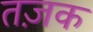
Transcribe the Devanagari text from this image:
तज़क